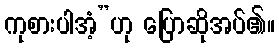
ကုစားပါအံ့”ဟု ပြောဆိုအပ်၏။